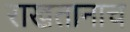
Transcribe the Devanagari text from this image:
राखतानाच